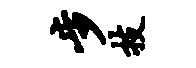
步技